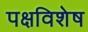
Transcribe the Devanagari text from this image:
पक्षविशेष